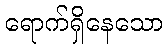
ရောက်ရှိနေသော